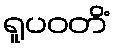
ရူပဝတိံ